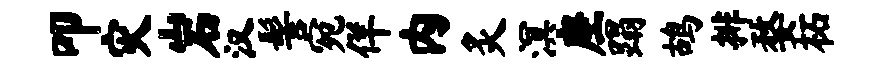
叩灾岩汉髻宛佯内炙溟座蹋鸪排婺柘